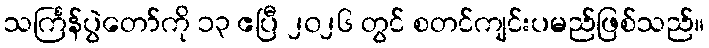
သင်္ကြန်ပွဲတော်ကို ၁၃ ဧပြီ ၂၀၂၆ တွင် စတင်ကျင်းပမည်ဖြစ်သည်။